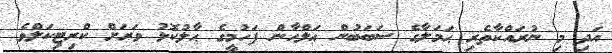
އަދި މި ނުރައްކާތެރި ޙަމަލާގެ ސަބަބުން ޢަލްޙާން ފަހުމީގެ ޙާލުކޮޅު ވަރަށް ކްރިޓިކަލްވެ